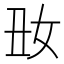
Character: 𡚽